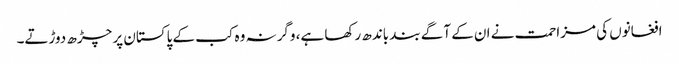
افغانوں کی مزاحمت نے ان کے آگے بند باندھ رکھا ہے، وگرنہ وہ کب کے پاکستان پر چڑھ دوڑتے۔